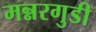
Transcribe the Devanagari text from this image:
मन्नरगुडी